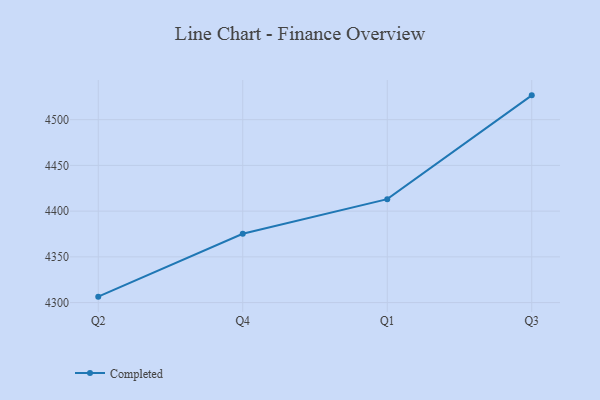
{"axis": {"x": "Quarter", "y": "Budget (USD K)"}, "legend": ["Completed"], "data": [{"x": "Q2", "y": 4306.5, "type": "Completed"}, {"x": "Q4", "y": 4375.3, "type": "Completed"}, {"x": "Q1", "y": 4413.1, "type": "Completed"}, {"x": "Q3", "y": 4526.6, "type": "Completed"}]}